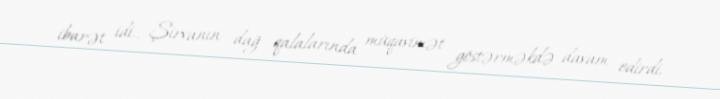
ibarət idi., Şirvanın dağ qalalarında müqavimət göstərməkdə davam edirdi.